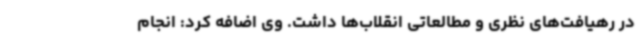
در رهیافت‌های نظری و مطالعاتی انقلاب‌ها داشت. وی اضافه کرد: انجام